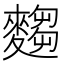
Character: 𮭿